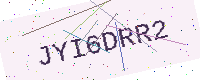
Text: JYI6DRR2